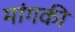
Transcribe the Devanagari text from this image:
मांगकी